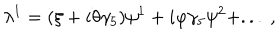
\lambda ^ { 1 } = ( \xi + i \theta \gamma _ { 5 } ) \psi ^ { 1 } + i \varphi \gamma _ { 5 } \psi ^ { 2 } + . . . \ , \,